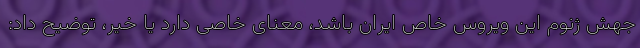
جهش ژنوم این ویروس خاص ایران باشد، معنای خاصی دارد یا خیر، توضیح داد: